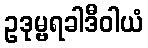
ဥဒုမ္ဗရခါဒီဝါယံ